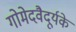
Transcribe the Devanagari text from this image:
गोमेदवैदूर्यके